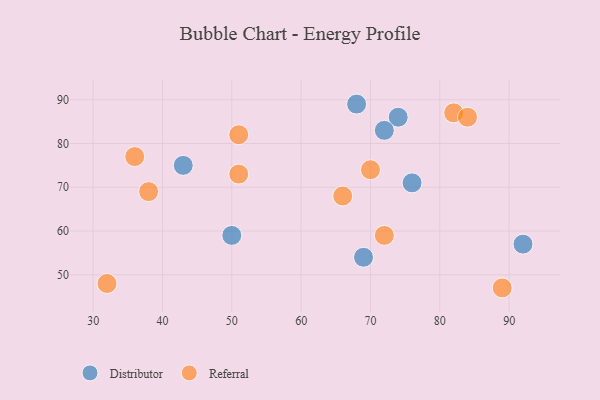
{"axis": {"x": "GDP", "y": "Life Expectancy"}, "legend": ["Distributor", "Referral"], "data": [{"x": "69", "y": 54, "type": "Distributor"}, {"x": "74", "y": 86, "type": "Distributor"}, {"x": "43", "y": 75, "type": "Distributor"}, {"x": "76", "y": 71, "type": "Distributor"}, {"x": "50", "y": 59, "type": "Distributor"}, {"x": "68", "y": 89, "type": "Distributor"}, {"x": "72", "y": 83, "type": "Distributor"}, {"x": "92", "y": 57, "type": "Distributor"}, {"x": "82", "y": 87, "type": "Referral"}, {"x": "66", "y": 68, "type": "Referral"}, {"x": "51", "y": 82, "type": "Referral"}, {"x": "84", "y": 86, "type": "Referral"}, {"x": "32", "y": 48, "type": "Referral"}, {"x": "36", "y": 77, "type": "Referral"}, {"x": "70", "y": 74, "type": "Referral"}, {"x": "38", "y": 69, "type": "Referral"}, {"x": "72", "y": 59, "type": "Referral"}, {"x": "51", "y": 73, "type": "Referral"}, {"x": "89", "y": 47, "type": "Referral"}]}